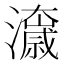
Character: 𭳟